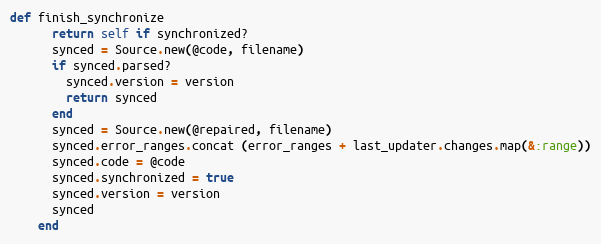
Language: Ruby
def finish_synchronize
      return self if synchronized?
      synced = Source.new(@code, filename)
      if synced.parsed?
        synced.version = version
        return synced
      end
      synced = Source.new(@repaired, filename)
      synced.error_ranges.concat (error_ranges + last_updater.changes.map(&:range))
      synced.code = @code
      synced.synchronized = true
      synced.version = version
      synced
    end